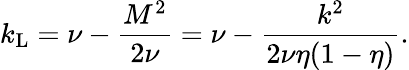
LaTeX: k_{\mathrm{L}}=\nu-\frac{M^{2}}{2\nu}=\nu-\frac{k^{2}}{2\nu\eta(1-\eta)}.